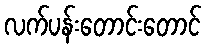
လက်ပန်းတောင်းတောင်